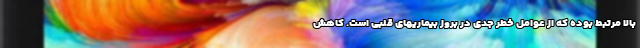
بالا مرتبط بوده که از عوامل خطر جدی در بروز بیماریهای قلبی است. کاهش